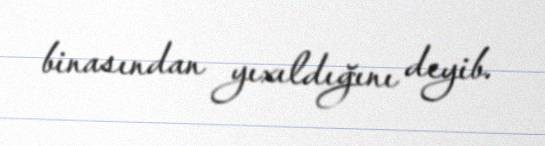
binasından yıxıldığını deyib.